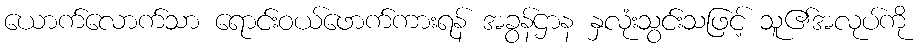
ယောက်လောက်သာ ရောင်းဝယ်ဖောက်ကားရန် အခွန်ဌာန နှလုံးသွင်းသဖြင့် သူ၏အလုပ်ကို